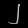
Digit: ၂